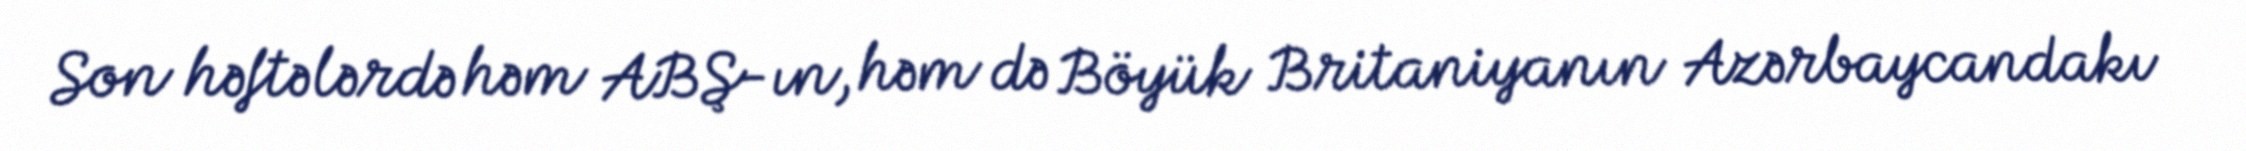
Son həftələrdə həm ABŞ-ın, həm də Böyük Britaniyanın Azərbaycandakı